Indian journal of veterinary science and animal husbandry - Volumes 24-25, 1954-1955
Year: 1954
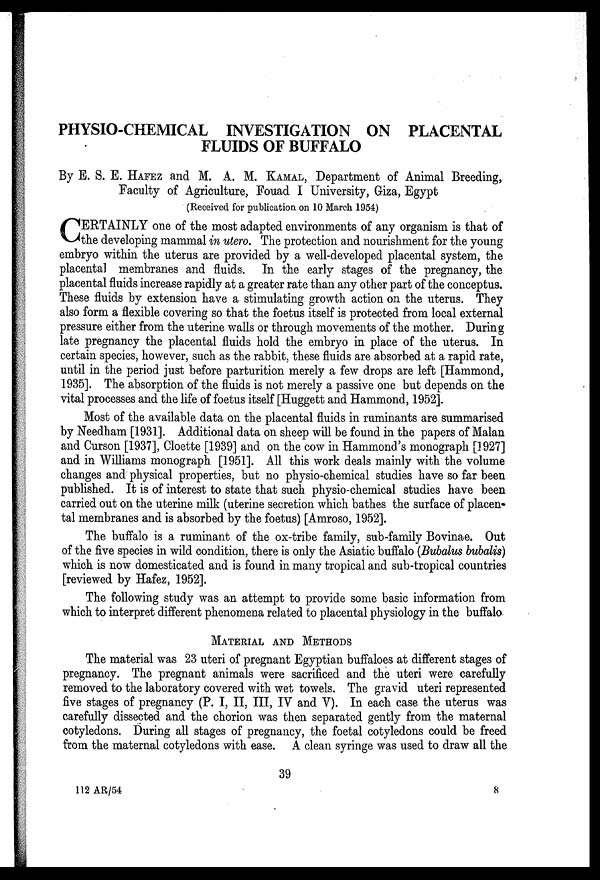
PHYSIO-CHEMICAL INVESTIGATION ON PLACENTAL
FLUIDS OF BUFFALO
By E. S. E. HAFEZ and M. A. M. KAMAL, Department of Animal Breeding,
Faculty of Agriculture, Fouad I University, Giza, Egypt
(Received for publication on 10 March 1954)
C ERTAINLY one of the most adapted environments of any organism is that of
the developing mammal in utero. The protection and nourishment for the young
embryo within the uterus are provided by a well-developed placental system, the
placental membranes and fluids. In the early stages of the pregnancy, the
placental fluids increase rapidly at a greater rate than any other part of the conceptus.
These fluids by extension have a stimulating growth action on the uterus. They
also form a flexible covering so that the foetus itself is protected from local external
pressure either from the uterine walls or through movements of the mother. During
late pregnancy the placental fluids hold the embryo in place of the uterus. In
certain species, however, such as the rabbit, these fluids are absorbed at a rapid rate,
until in the period just before parturition merely a few drops are left [Hammond,
1935]. The absorption of the fluids is not merely a passive one but depends on the
vital processes and the life of foetus itself [Huggett and Hammond, 1952].
Most of the available data on the placental fluids in ruminants are summarised
by Needham [1931]. Additional data on sheep will be found in the papers of Malan
and Curson [1937], Cloette [1939] and on the cow in Hammond's monograph [1927]
and in Williams monograph [1951]. All this work deals mainly with the volume
changes and physical properties, but no physio-chemical studies have so far been
published. It is of interest to state that such physio-chemical studies have been
carried out on the uterine milk (uterine secretion which bathes the surface of placen-
tal membranes and is absorbed by the foetus) [Amroso, 1952].
The buffalo is a ruminant of the ox-tribe family, sub-family Bovinae. Out
of the five species in wild condition, there is only the Asiatic buffalo (Bubalus bubalis)
which is now domesticated and is found in many tropical and sub-tropical countries
[reviewed by Hafez, 1952].
The following study was an attempt to provide some basic information from
which to interpret different phenomena related to placental physiology in the buffalo
MATERIAL AND METHODS
The material was 23 uteri of pregnant Egyptian buffaloes at different stages of
pregnancy. The pregnant animals were sacrificed and the uteri were carefully
removed to the laboratory covered with wet towels. The gravid uteri represented
five stages of pregnancy (P. I, II, III, IV and V). In each case the uterus was
carefully dissected and the chorion was then separated gently from the maternal
cotyledons. During all stages of pregnancy, the foetal cotyledons could be freed
from the maternal cotyledons with ease. A clean syringe was used to draw all the
39
112 AR/54
8